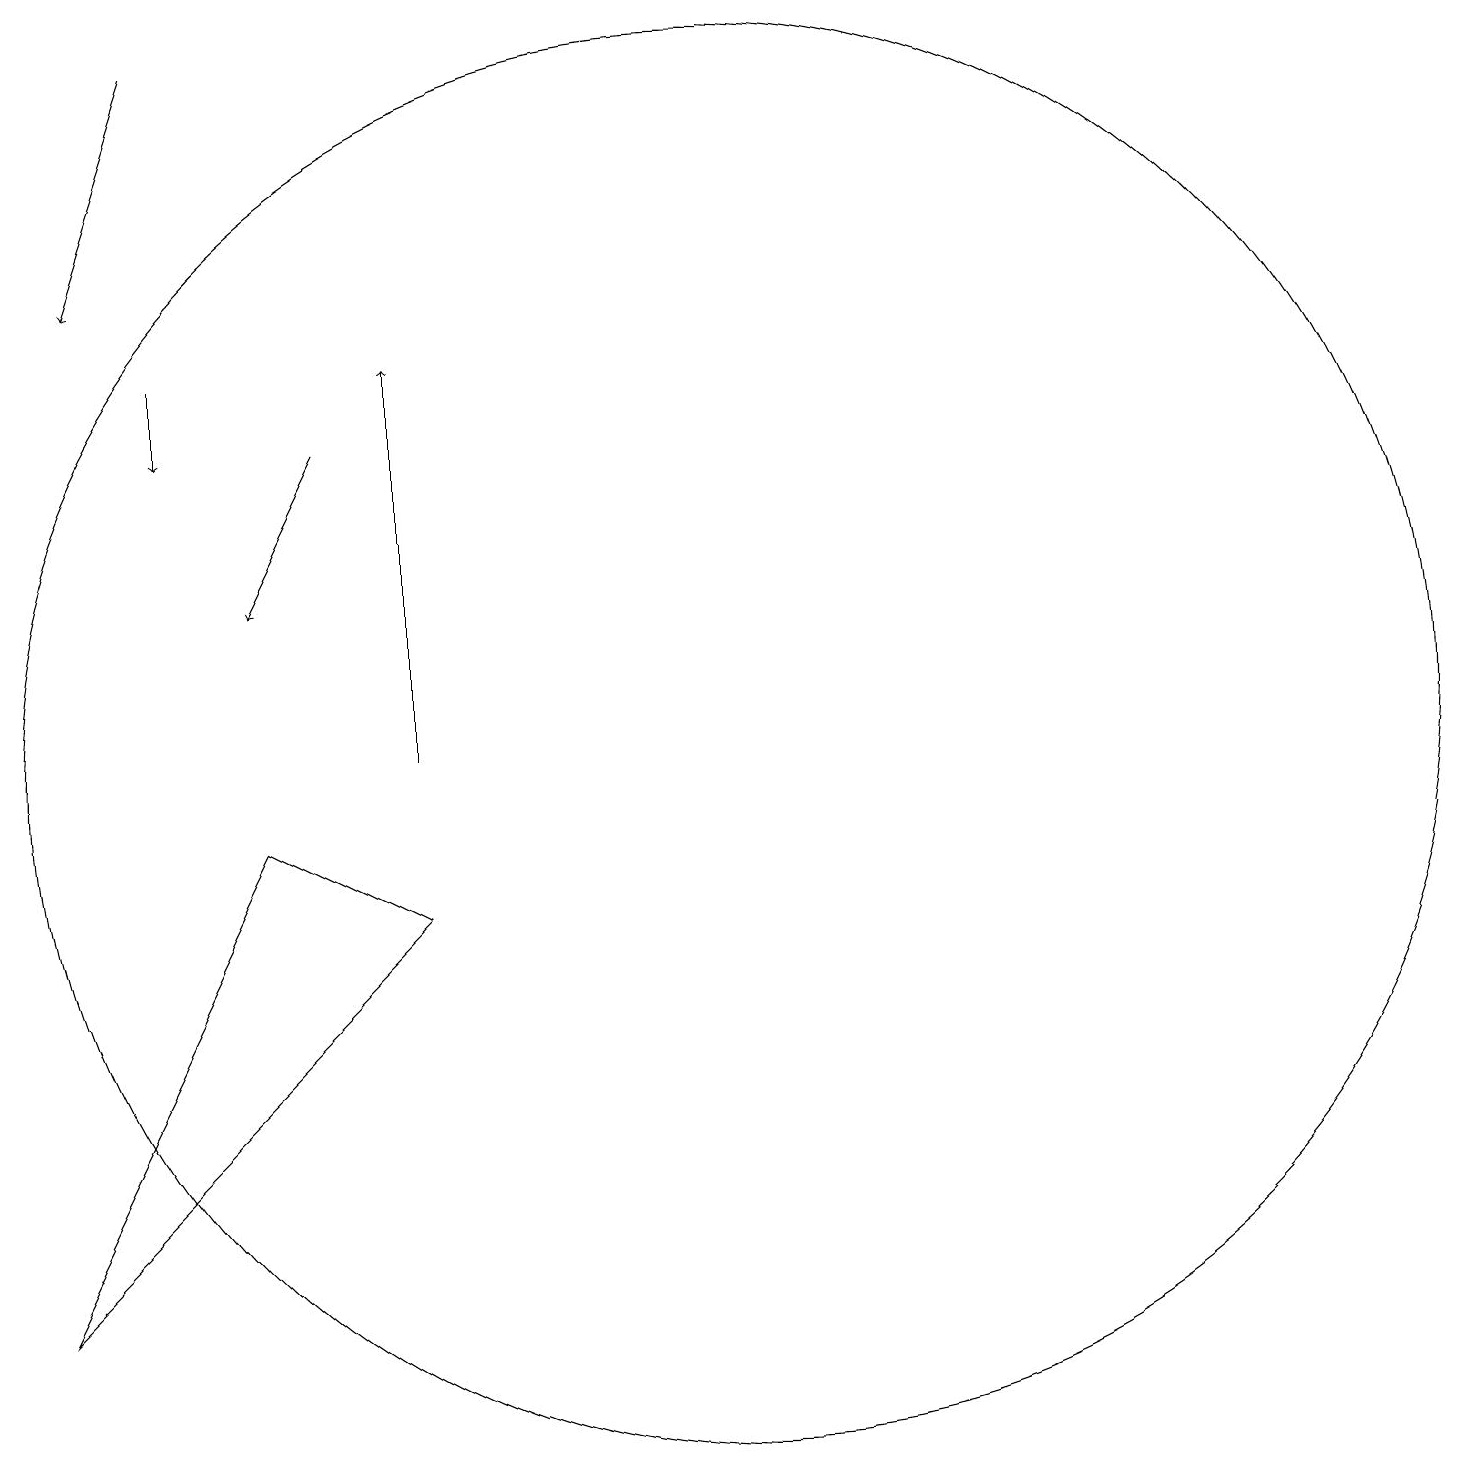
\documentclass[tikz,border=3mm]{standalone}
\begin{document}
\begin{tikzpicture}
\draw (12,10) circle (9);
\draw[->] (5,19) -- (4,16);
\draw (8,8) -- (3,3) -- (6,9) -- cycle;
\draw[->] (5,15) -- (5,14);
\draw[->] (7,14) -- (6,12);
\draw[->] (8,10) -- (8,15);
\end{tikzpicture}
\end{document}